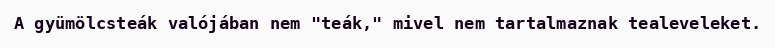
A gyümölcsteák valójában nem "teák," mivel nem tartalmaznak tealeveleket.